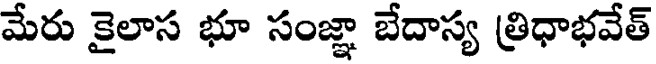
మేరు కైలాస భూ సంజ్ఞా బేదాస్య త్రిధాభవేత్